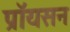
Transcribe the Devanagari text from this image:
प्रॉयसन